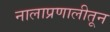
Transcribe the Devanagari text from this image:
नालाप्रणालीतून